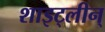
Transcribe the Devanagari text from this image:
शाइट्लीन्